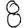
Digit: 8